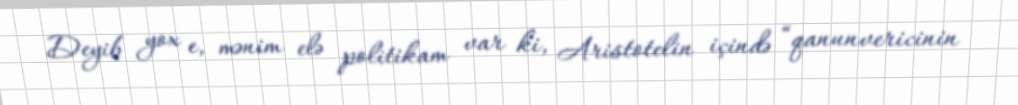
Deyib yox e, mənim elə politikam var ki, Aristotelin içində “qanunvericinin